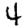
Digit: 4